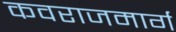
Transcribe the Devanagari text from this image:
कवराजमार्ग